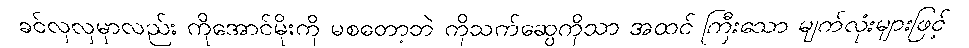
ခင်လှလှမှာလည်း ကိုအောင်မိုးကို မစတော့ဘဲ ကိုသက်ဆွေကိုသာ အထင် ကြီးသော မျက်လုံးများဖြင့်